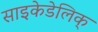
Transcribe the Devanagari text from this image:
साइकेडेलिक्